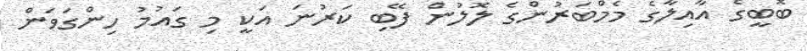
ބޮބީގެ އާއިލާގެ މެމްބަރުންގެ ލޮލުން ފޭބި ކަރުނަ އަކީ މި ގައުމު ހިންގަވަން